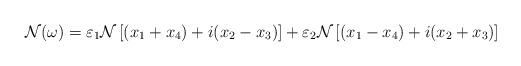
LaTeX: \begin{align*}\mathcal{N}(\omega)=\varepsilon_1 \mathcal{N}\left[(x_1+x_4)+i(x_2-x_3)\right]+\varepsilon_2 \mathcal{N}\left[(x_1-x_4)+i(x_2+x_3)\right]\end{align*}